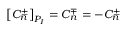
{ \left[ { { \cal C } _ { n } ^ { \pm } } \right] _ { { P _ { I } } } } = { \cal C } _ { n } ^ { \mp } = - { \cal C } _ { n } ^ { \pm }